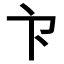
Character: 𭅳